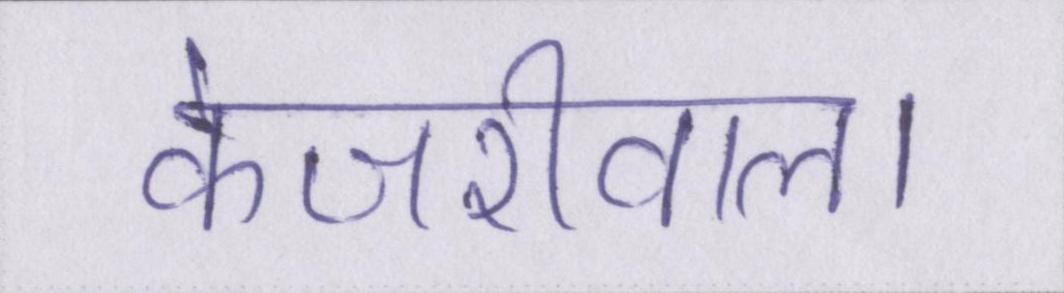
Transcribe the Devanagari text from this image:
केजरीवाल